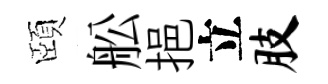
頤舩挹立肢